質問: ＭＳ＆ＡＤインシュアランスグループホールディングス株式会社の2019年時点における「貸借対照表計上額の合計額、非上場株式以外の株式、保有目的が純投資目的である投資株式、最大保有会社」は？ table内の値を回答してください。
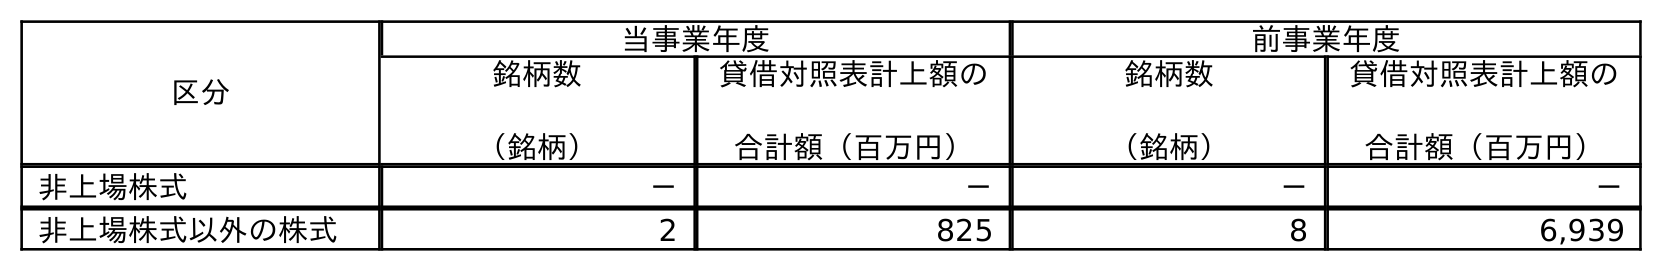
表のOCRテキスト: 区分 当事業年度 前事業年度 銘柄数 （銘柄） 貸借対照表計上額の 合計額（百万円） 銘柄数 （銘柄） 貸借対照表計上額の 合計額（百万円） 非上場株式 － － － － 非上場株式以外の株式 2 825 8 6,939
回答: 6,939